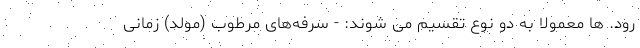
رود. ها معمولا به دو نوع تقسیم می شوند: - سرفه‌های مرطوب (مولد) زمانی